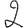
Digit: 2